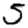
Digit: 5